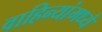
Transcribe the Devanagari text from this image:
वाहिन्यांमध्ये